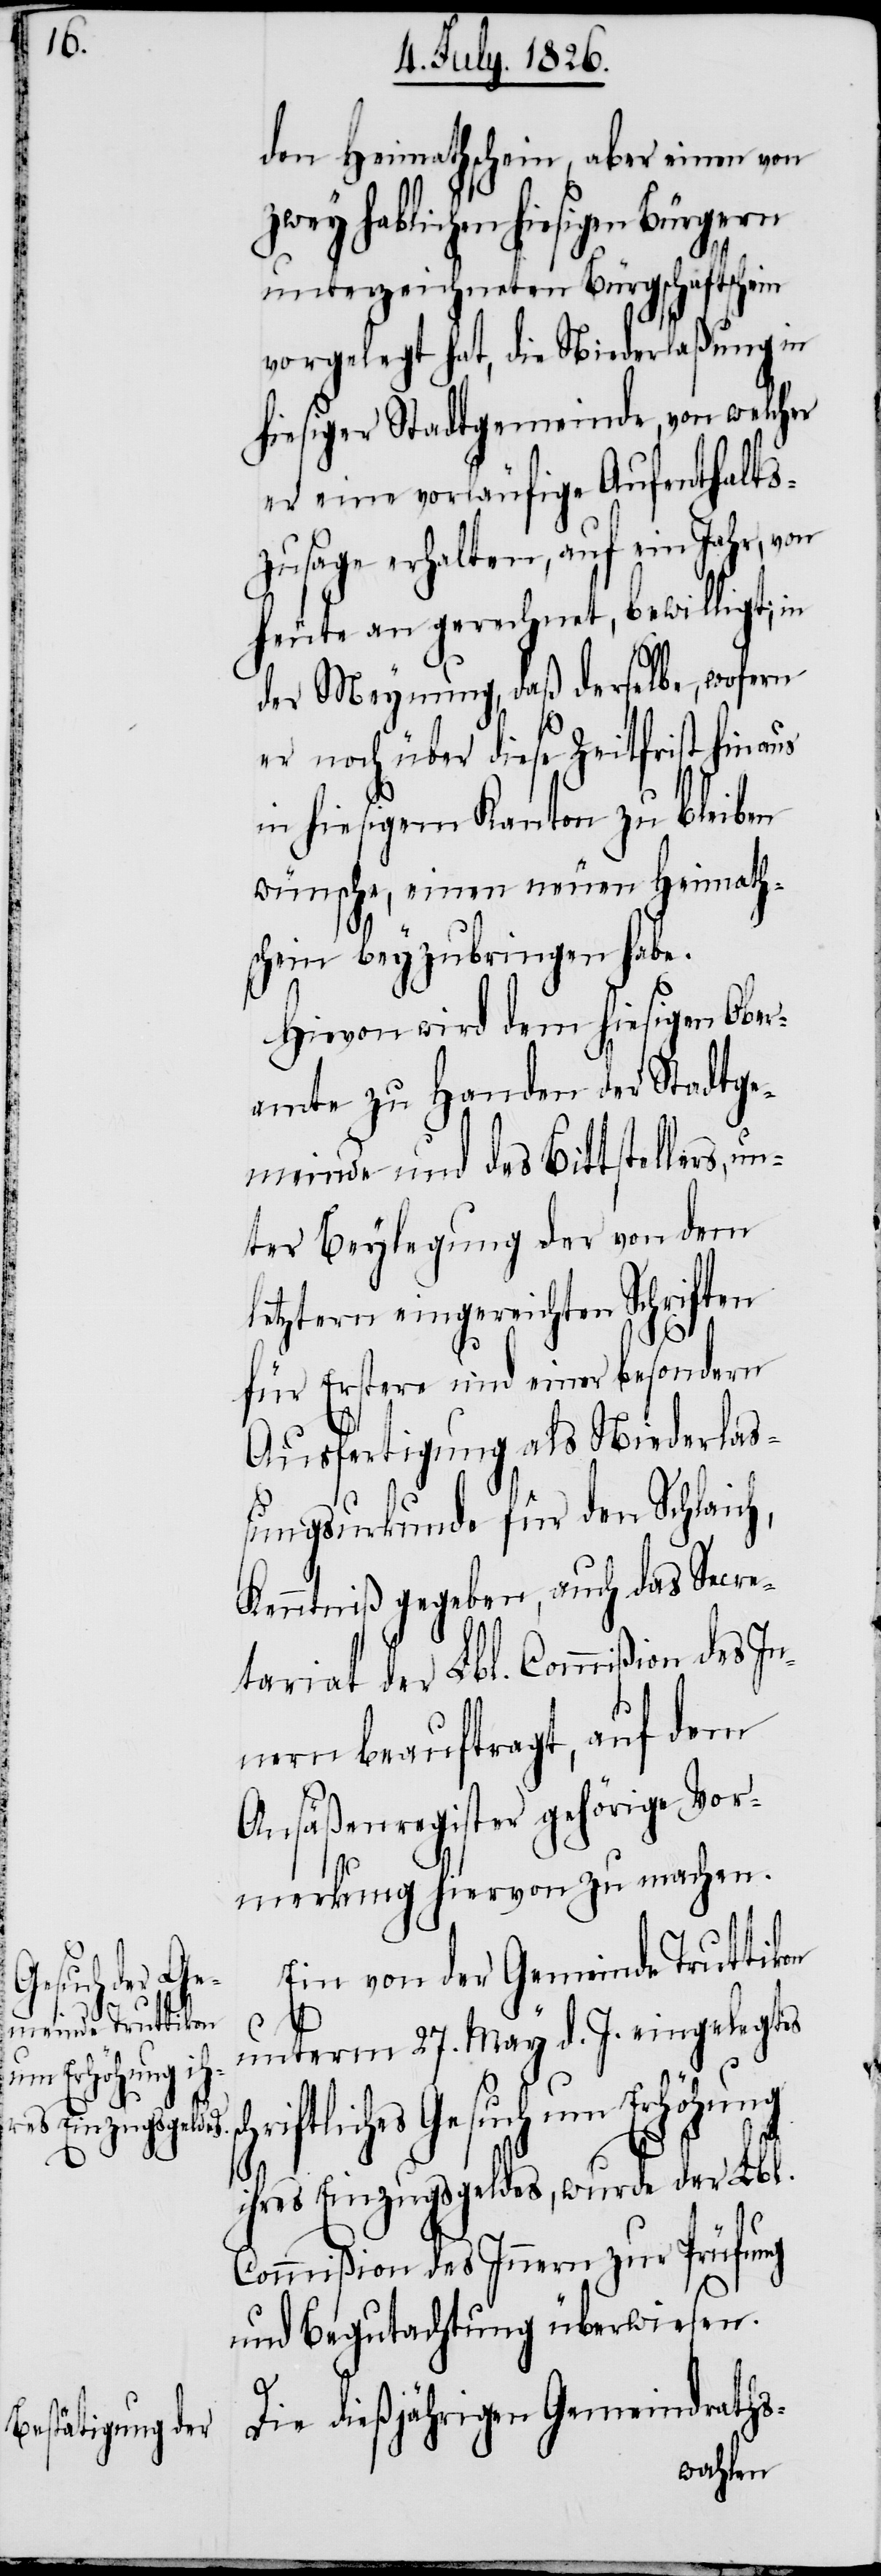
sc¬

den Heimathschein, aber einen von
zwey hablichen hiesigen
unterzeichneten Bürgschaftsschein
vorgelegt hat, die Niederlaßung in
hiesiger Stadtgemeinde, von welcher
er eine vorläufige Aufenthalts¬
zusage erhalten, auf ein Jahr, von
heute an gerechnet, bewilligt; in
der Meynung, daß derselbe, wofern
er noch über diese Zeitfrist hinaus
in hiesigem Kanton zu bleiben
wünsche, einen neuen Heimath¬
schein beyzubringen habe.
Hievon wird dem hiesigen Ober¬
amte zu Handen der Stadtge¬
meinde und des Bittstellers, u¬
nter Beylegung der von dem
letztern eingereichten Schriften
für Erstere und einer besondern
Ausfertigung als Niederlaß¬
ungsurkunde für den Schlaich,
Kenntniß gegeben, auch das Secre¬
tariat der Lbl. Commißion des In¬
nern beauftragt, auf dem
Ansäßenregister gehörige Vor¬
merkung hiervon zu machen.
Ein von der Gemeinde Truttikon
unterm 27. May d. J. eingelegtes
hriftliches Gesuch um Erhöhung
ihres Einzugsgeldes, wurde der Lbl.
Commißion des Innern zur Prüfung
und Begutachtung überwiesen.
Die dießjährigen Gemeindraths-